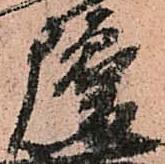
瓊